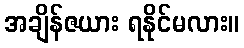
အချိန်ဇယား ရနိုင်မလား။